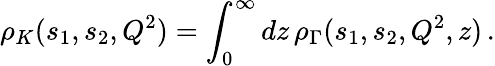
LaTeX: \rho_{K}(s_{1},s_{2},Q^{2})=\int_{0}^{\infty}dz\, \rho_{\Gamma}(s_{1},s_{2},Q^{2},z)\, .